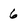
Character: 6